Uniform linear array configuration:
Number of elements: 24
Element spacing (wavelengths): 0.25
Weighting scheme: exponential
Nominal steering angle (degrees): -15
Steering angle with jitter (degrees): -16.231
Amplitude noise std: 0.05
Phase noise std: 0.05

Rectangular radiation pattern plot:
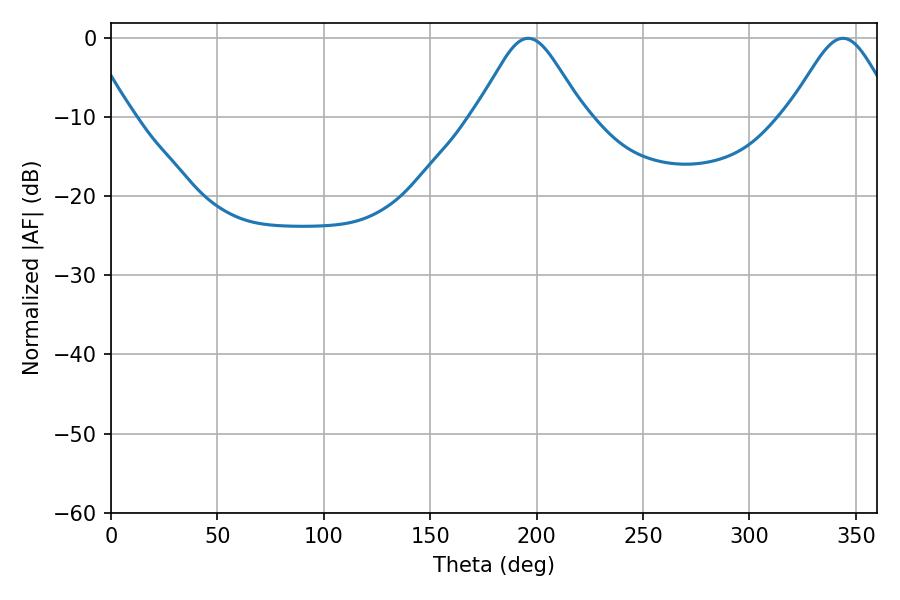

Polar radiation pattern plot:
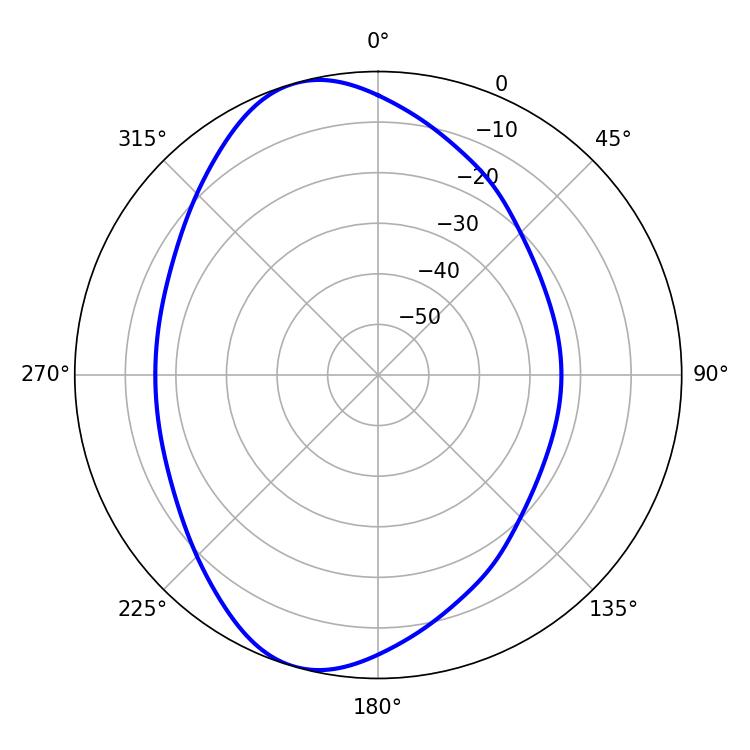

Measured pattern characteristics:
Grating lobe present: FALSE
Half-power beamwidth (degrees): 24.66
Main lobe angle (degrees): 196.02